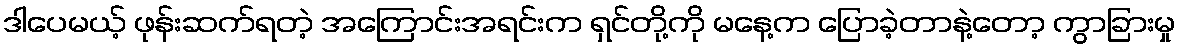
ဒါပေမယ့် ဖုန်းဆက်ရတဲ့ အကြောင်းအရင်းက ရှင်တို့ကို မနေ့က ပြောခဲ့တာနဲ့တော့ ကွာခြားမှု